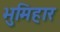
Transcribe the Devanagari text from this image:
भुमिहार